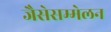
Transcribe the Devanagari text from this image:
जैसेसम्मेलन